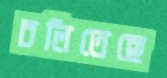
চলিতেছে